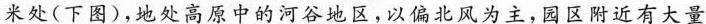
米处(下图)，地处高原中的河谷地区，以偏北风为主，园区附近有大量